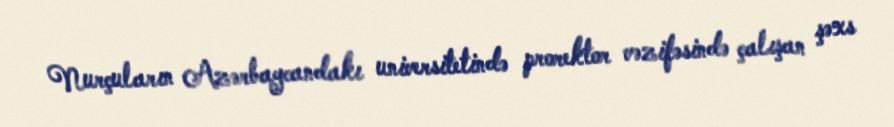
Nurçuların Azərbaycandakı universitetində prorektor vəzifəsində çalışan şəxs